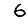
Digit: 6